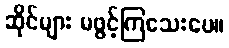
ဆိုင်များ မဖွင့်ကြသေးပေ။